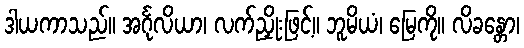
ဒါယကာသည်။ အင်္ဂုလိယာ၊ လက်ညှိုးဖြင့်။ ဘူမိယံ၊ မြေကို။ လိခန္တော၊